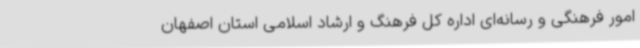
امور فرهنگی و رسانه‌ای اداره کل فرهنگ و ارشاد اسلامی استان اصفهان